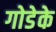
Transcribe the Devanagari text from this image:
गोडेके